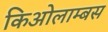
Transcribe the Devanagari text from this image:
किओलाम्बस